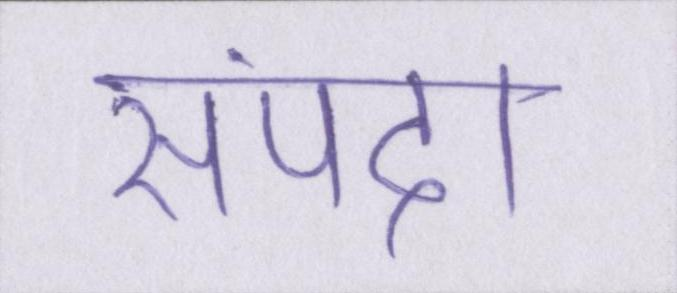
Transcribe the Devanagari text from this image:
संपदा